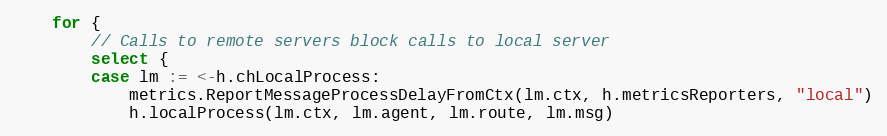
Language: Go
	for {
		// Calls to remote servers block calls to local server
		select {
		case lm := <-h.chLocalProcess:
			metrics.ReportMessageProcessDelayFromCtx(lm.ctx, h.metricsReporters, "local")
			h.localProcess(lm.ctx, lm.agent, lm.route, lm.msg)